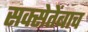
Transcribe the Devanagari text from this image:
सक्सेतेंबाच